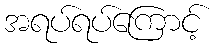
အရပ်ရပ်ကြောင့်